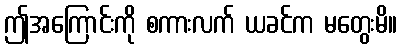
ဤအကြောင်းကို စကားလက် ယခင်က မတွေးမိ။